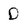
Character: D